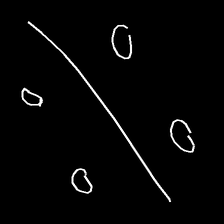
Glyph: cool